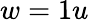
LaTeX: w=1u